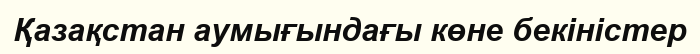
Қазақстан аумығындағы көне бекіністер